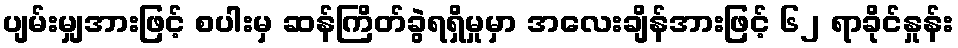
ပျမ်းမျှအားဖြင့် စပါးမှ ဆန်ကြိတ်ခွဲရရှိမှုမှာ အလေးချိန်အားဖြင့် ၆၂ ရာခိုင်နှုန်း